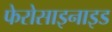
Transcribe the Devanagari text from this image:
फेरोसाइनाइड